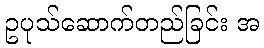
ဥပုသ်ဆောက်တည်ခြင်း အ